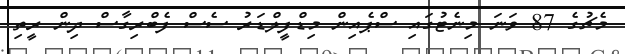
މެޗުގެ 87 ވަނަ މިނެޓުގައި ސްޕެއިން މިޑްފީލްޑަރު ސެސް ފެބްރިގާސް ދިން ރީތި